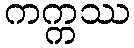
ကက္ကဿ